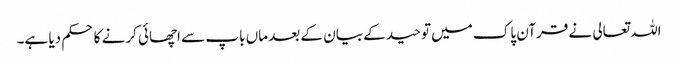
اللہ تعالی نے قرآن پاک میں توحید کے بیان کے بعد ماں باپ سے اچھائی کرنے کا حکم دیا ہے۔